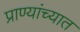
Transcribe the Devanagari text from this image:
प्राण्यांच्यात